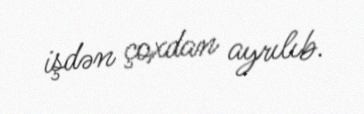
işdən çoxdan ayrılıb.